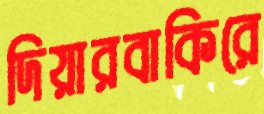
দিয়ারবাকিরে